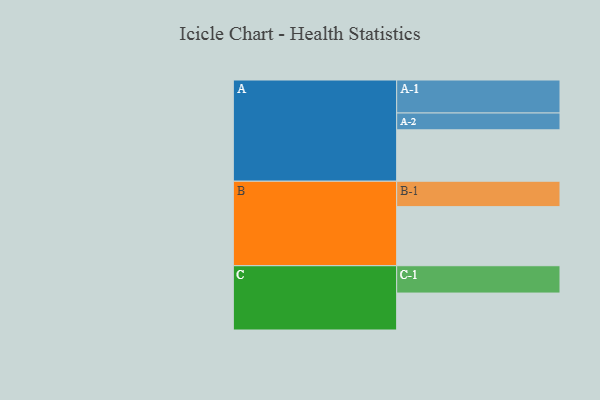
{"axis": {"x": "Segment", "y": "Value"}, "legend": ["", "A", "B", "C"], "data": [{"x": "A", "y": 455, "type": ""}, {"x": "B", "y": 523, "type": ""}, {"x": "C", "y": 327, "type": ""}, {"x": "A-1", "y": 292, "type": "A"}, {"x": "A-2", "y": 149, "type": "A"}, {"x": "B-1", "y": 225, "type": "B"}, {"x": "C-1", "y": 242, "type": "C"}]}